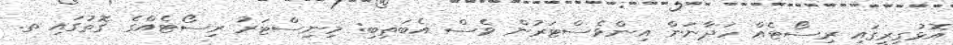
އޮޅުގިރީގައި ރިސޯޓެއް ހަދާނަން އިންވެސްޓަރުން ވެސް އެބަތިބި: މިނިސްޓަރު ރިސޯޓެއްގެ ގޮތުގައި ތ.